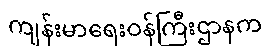
ကျန်းမာရေးဝန်ကြီးဌာနက